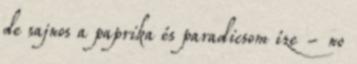
de sajnos a paprika és paradicsom íze - no